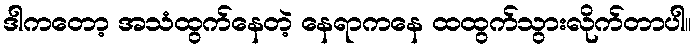
ဒါကတော့ အသံထွက်နေတဲ့ နေရာကနေ ထထွက်သွားလိုက်တာပါ။